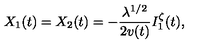
X _ { 1 } ( t ) = X _ { 2 } ( t ) = - \frac { \lambda ^ { 1 / 2 } } { 2 v ( t ) } I _ { 1 } ^ { \zeta } ( t ) ,